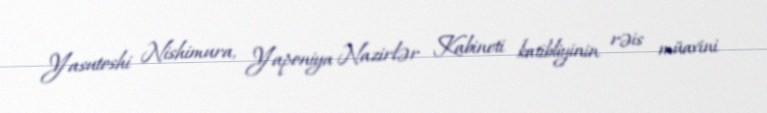
Yasutoshi Nishimura, Yaponiya Nazirlər Kabineti katibliyinin rəis müavini